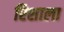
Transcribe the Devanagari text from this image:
रिशाला